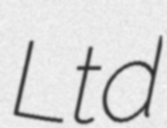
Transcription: Ltd